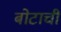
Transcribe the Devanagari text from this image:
बोटाची